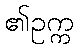
၏ဥက္က